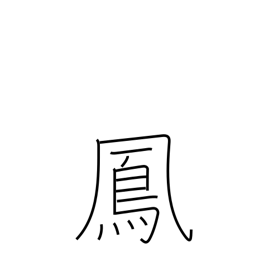
Meaning: male mythical bird